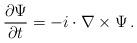
LaTeX: \begin{align*}\frac{\partial \Psi}{\partial t} = -i \cdot \nabla \times \Psi \, . \end{align*}